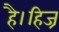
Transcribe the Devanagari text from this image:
है।हिज्र